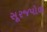
સૂરજપોળ